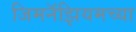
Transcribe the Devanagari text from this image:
जिमनॅझियमच्या